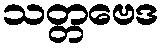
သတ္တဗေဒ